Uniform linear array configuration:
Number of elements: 24
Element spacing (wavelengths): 1
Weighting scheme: hamming
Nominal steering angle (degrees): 60
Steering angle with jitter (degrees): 59.7
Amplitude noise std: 0.05
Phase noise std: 0.05

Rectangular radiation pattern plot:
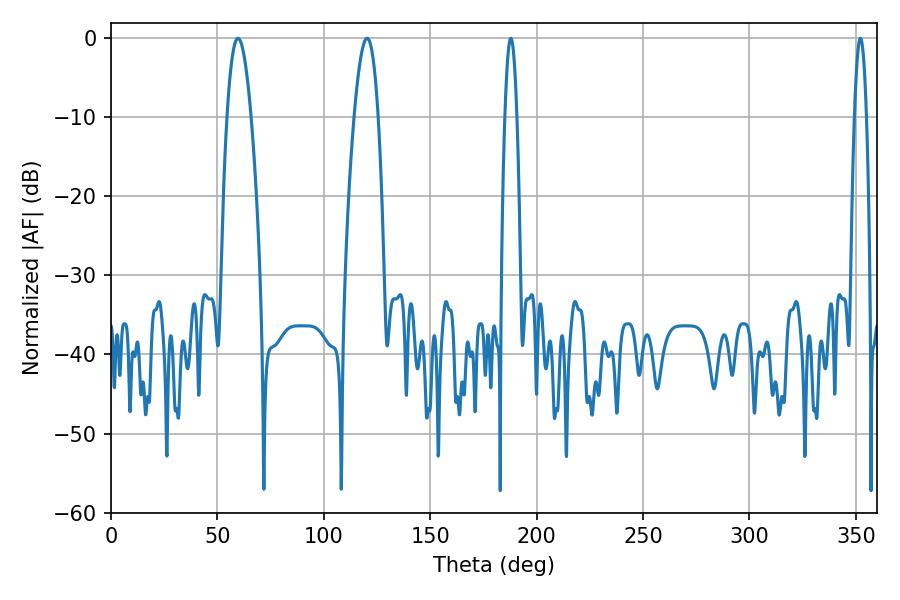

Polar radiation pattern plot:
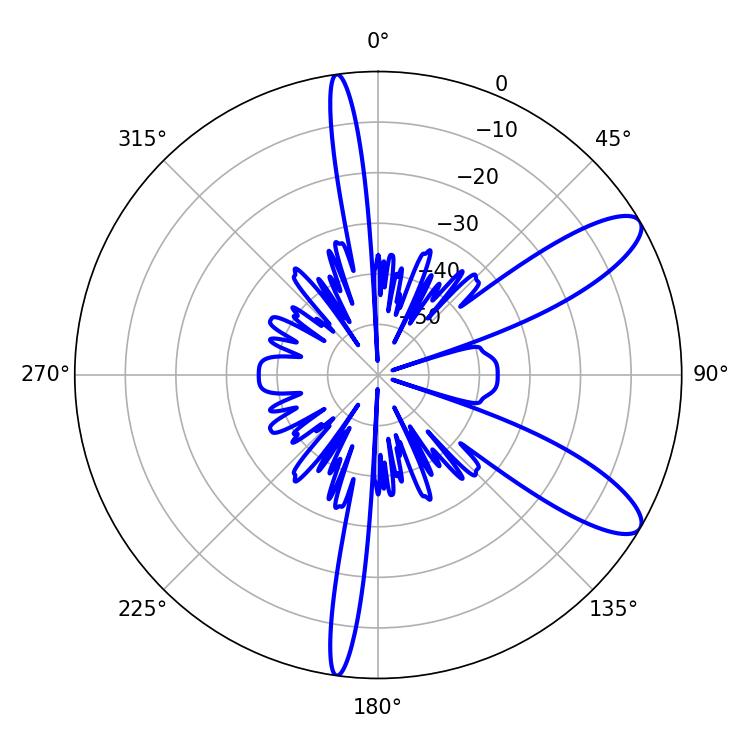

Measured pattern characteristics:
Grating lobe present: TRUE
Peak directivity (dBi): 10.311
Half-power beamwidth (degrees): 6.3
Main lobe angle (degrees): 59.58